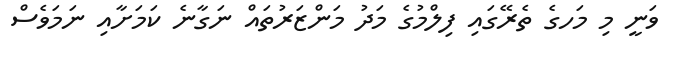
ވަނީ މި މަހގެ ތެރޭގައި ފިލްމުގެ މަދު މަންޒަރުތައް ނަގާނެ ކަމަށާއި ނަމަވެސް